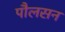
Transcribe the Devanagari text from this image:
पौलसन